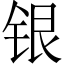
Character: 银